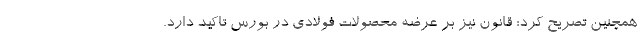
همچنین تصریح کرد: قانون نیز بر عرضه محصولات فولادی در بورس تاکید دارد.